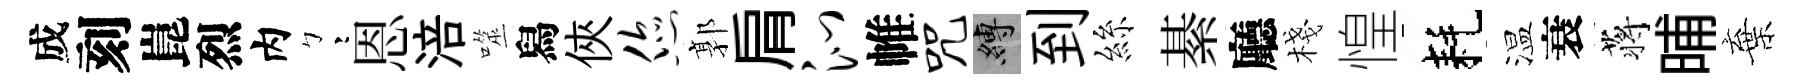
成刻崑烈内彎恩涪噬舄俠您郭肩沁帷咒縛到絲綦廳棧惶耗温衰蒋晡棄